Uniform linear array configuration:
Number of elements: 4
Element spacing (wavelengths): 0.25
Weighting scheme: kaiser
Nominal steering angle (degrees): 15
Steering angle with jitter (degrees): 14.28
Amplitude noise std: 0.05
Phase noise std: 0.05

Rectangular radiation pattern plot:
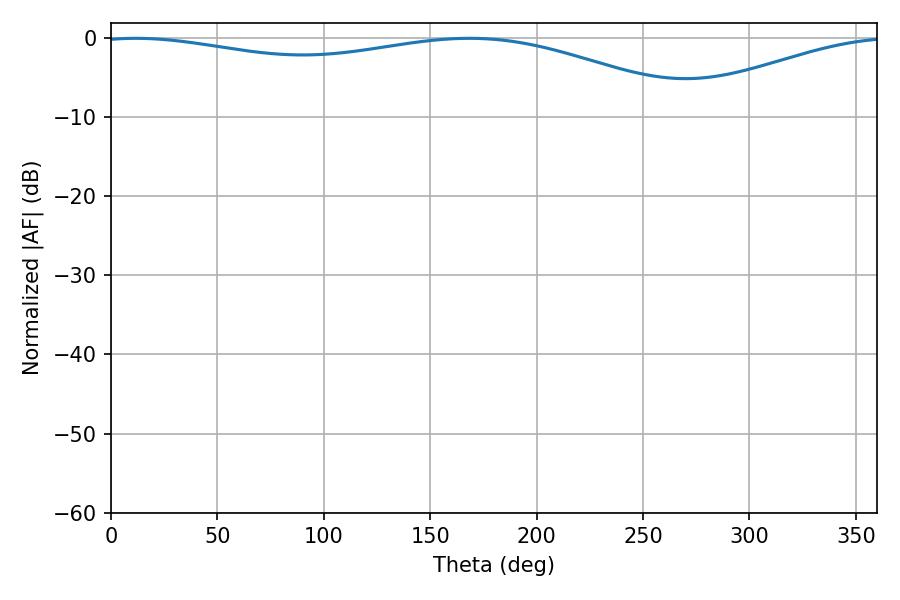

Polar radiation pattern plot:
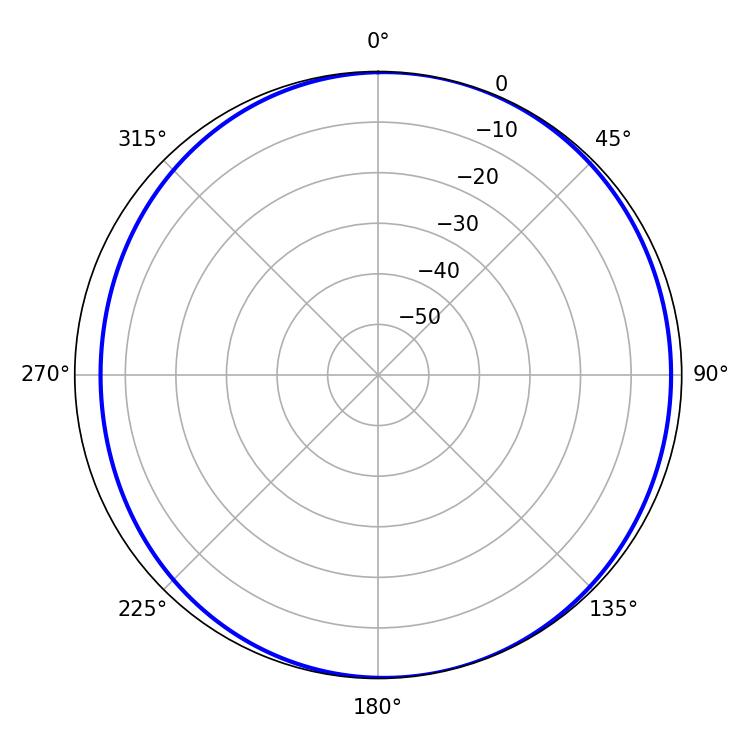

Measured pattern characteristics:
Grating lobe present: FALSE
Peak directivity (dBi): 5.448
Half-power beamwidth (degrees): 228.24
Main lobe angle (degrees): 11.52